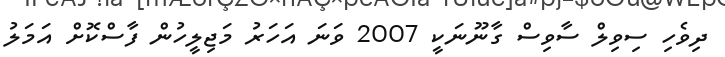
ދިވެހި ސިވިލް ސާވިސް ގާނޫނަކީ 2007 ވަނަ އަހަރު މަޖިލީހުން ފާސްކޮށް އަމަލު